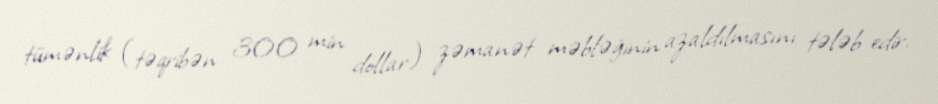
tümənlik (təqribən 300 min dollar) zəmanət məbləğinin azaldılmasını tələb edir.